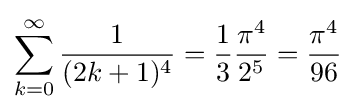
\sum _{k=0}^{\infty }{\frac {1}{(2k+1)^{4}}}={\frac {1}{3}}{\frac {\pi ^{4}}{2^{5}}}={\frac {\pi ^{4}}{96}}